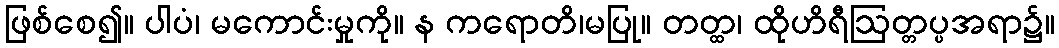
ဖြစ်စေ၍။ ပါပံ၊ မကောင်းမှုကို။ န ကရောတိ၊မပြု။ တတ္ထ၊ ထိုဟိရီဩတ္တပ္ပအရာ၌။